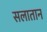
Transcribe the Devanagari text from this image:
सलातान